Insane asylums in Bengal annual reports 1867-1875 - 1867-1875
Year: 1867
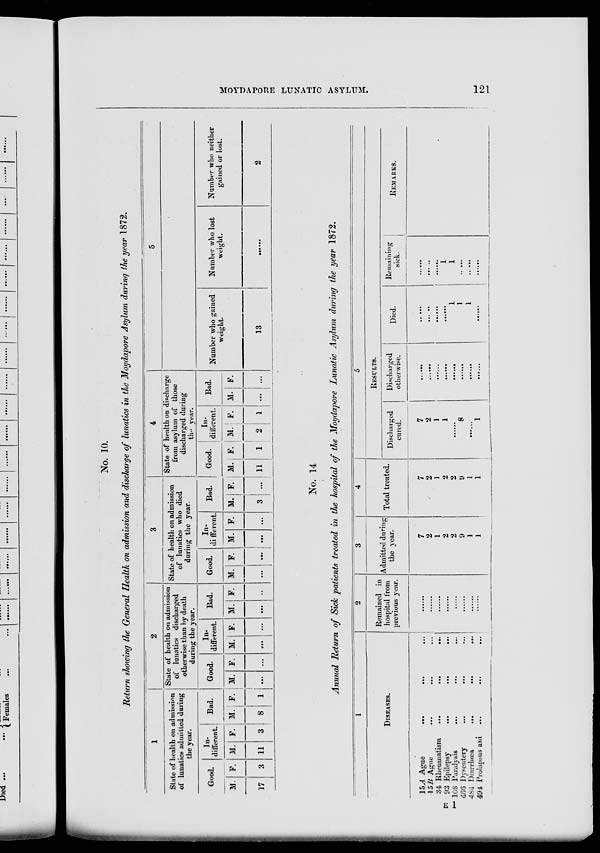
MOYDAPORE LUNATIC ASYLUM.
121
No. 10.
Return showing the General Health on admission and discharge of lunatics in the Moydapore Asylum during the year 1872.
1
State of health on admission
of lunatics admitted during
the year.
Good.
M.
17
F.
3
In--
different.
M.
11
F.
3
Bad.
M.
8
F.
1
2
State of health on admission
of lunatics discharged
otherwise than by death
during the year.
Good.
M.
...
F.
...
In-
different.
M.
...
F.
...
Bad.
M.
...
F.
...
3
State of health on admission
of lunatics who died
during the year.
Good.
M.
...
F.
...
In-
different.
M.
...
F.
...
Bad.
M.
3
F.
...
4
State of health on discharge
from asylum of those
discharged during
the year.
Good.
M.
11
F.
1
In-
different.
M.
2
F.
1
Bad.
M.
...
F.
...
5
Number who gained
weight.
13
Number who lost
weight.
Number who neither
gained or lost.
2
No. 14
Annual Return of Sick patients treated in the hospital of the Moydapore Lunatic Asylum during the year 1872.
1
DISEASES.
15A Ague
...
...
...
15B Ague
...
...
...
34 Rheumatism
...
...
...
93 Epilepsy
...
...
...
108 Paralysis
...
...
...
466 Dysentery ... ... ...
484 Diarrhœa
...
...
...
494 Prolapsus ani
...
...
...
2
Remained in
hospital from
previous year.
3
Admitted during
the year.
7
2
1
2
2
9
1
1
4
Total treated.
7
2
1
2
2
9
1
1
5
RESULTS.
Discharged
cured.
7
2
1
1
8
1
Discharged
otherwise.
Died.
1
1
1
Remaining
sick.
1
1
REMARKS.
E 1